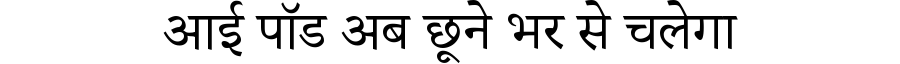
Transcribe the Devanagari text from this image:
आई पॉड अब छूने भर से चलेगा